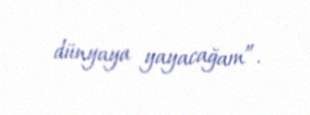
dünyaya yayacağam”.